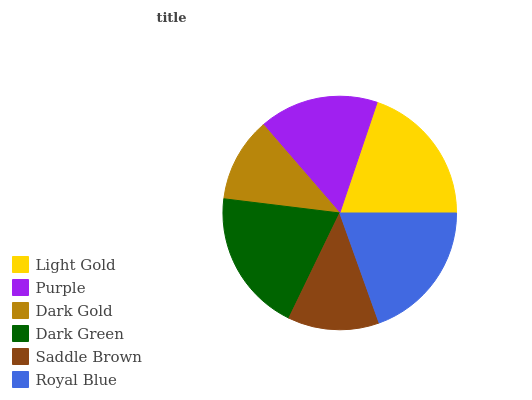
| Light Gold | Purple | Dark Gold | Dark Green | Saddle Brown | Royal Blue |
 | --- | --- | --- | --- | --- | --- |
 | 19.9% | 16.5% | 11.7% | 19.7% | 12.6% | 19.6% |